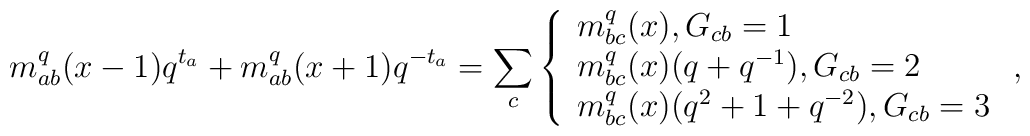
m_{ab}^{q}(x-1)q^{t_{a}}+m_{ab}^{q}(x+1)q^{-t_{a}}=\sum_{c}\left\{\begin{array}{l}m_{bc}^{q}(x), G_{cb}=1 \\m_{bc}^{q}(x)(q+q^{-1}), G_{cb}=2 \\m_{bc}^{q}(x)(q^{2}+1+q^{-2}), G_{cb}=3\end{array}\right. ,